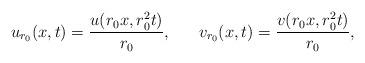
LaTeX: \begin{align*} u_{r_0}(x,t)= \frac{u(r_{0} x,r_{0}^{2} t)}{r_{0}},\ \ \ \ \ v_{r_0}(x,t)= \frac{v(r_{0} x,r_{0}^{2} t)}{r_{0}},\end{align*}